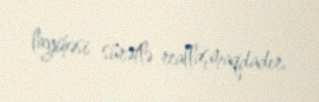
layihəsi sürətlə reallaşmaqdadır.